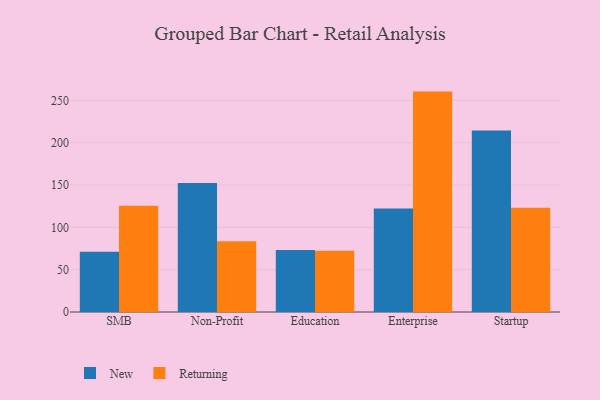
{"axis": {"x": "Segment", "y": "Market Share (%)"}, "legend": ["New", "Returning"], "data": [{"x": "SMB", "y": 71.1, "type": "New"}, {"x": "SMB", "y": 125.6, "type": "Returning"}, {"x": "Non-Profit", "y": 152.3, "type": "New"}, {"x": "Non-Profit", "y": 83.7, "type": "Returning"}, {"x": "Education", "y": 73.2, "type": "New"}, {"x": "Education", "y": 72.5, "type": "Returning"}, {"x": "Enterprise", "y": 122.2, "type": "New"}, {"x": "Enterprise", "y": 260.4, "type": "Returning"}, {"x": "Startup", "y": 214.5, "type": "New"}, {"x": "Startup", "y": 123.1, "type": "Returning"}]}